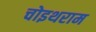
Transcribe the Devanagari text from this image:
चोइथराम